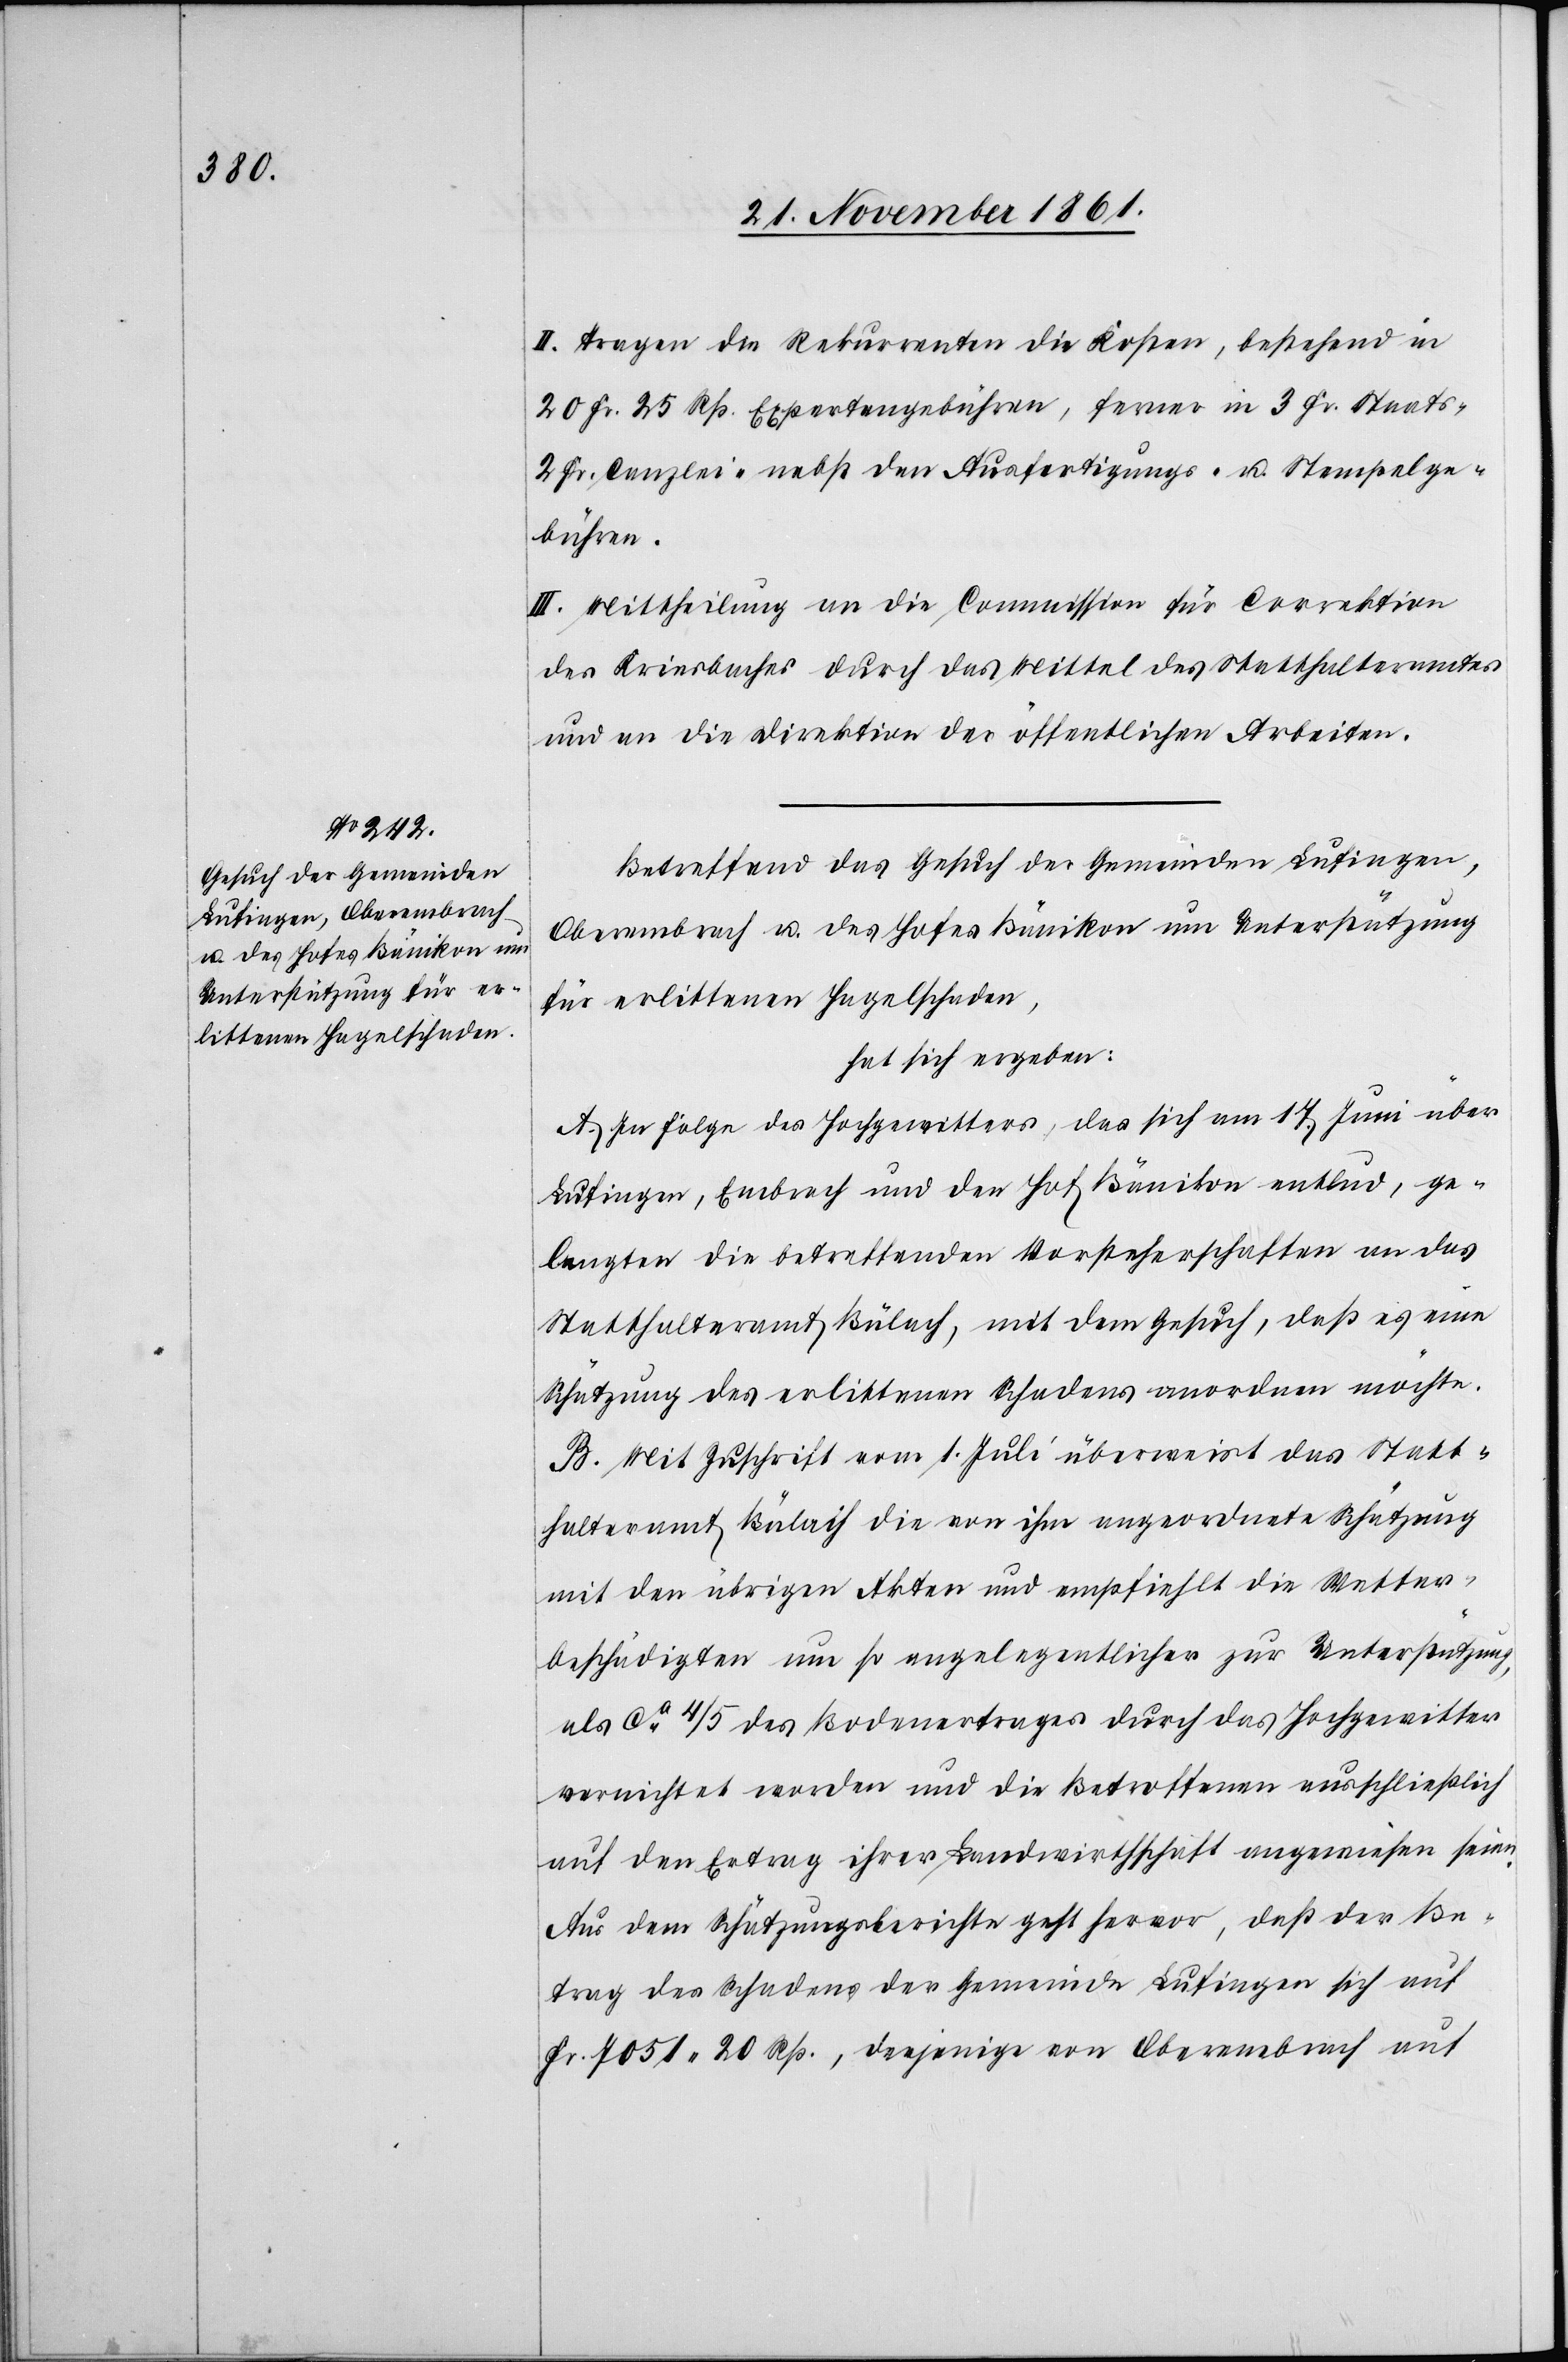
II. Tragen die Rekurrenten die Kosten, bestehend in
20 Fr. 25 Rp. Expertengebühren, ferner in 3 Fr. Staats-[,]
2 Fr. Canzlei-[,] nebst den Ausfertigungs- u. Stempelge¬
bühren.
III. Mittheilung an die Commission für Correktion
des Kriesbaches durch das Mittel des Statthalteramtes
und an die Direktion der öffentlichen Arbeiten.
Betreffend das Gesuch der Gemeinden Lusingen,
Oberembrach u. des Hofes Bänikon um Unterstützung
für erlittenen Hagelschaden,
hat sich ergeben:
A. In Folge des Hochgewitters, das sich am 17 Juni über
Lufingen Embrach und den Hof Bänikon entlud, ge¬
langten die betreffenden Vorsteherschaften an das
Statthalteramt Bülach, mit dem Gesuch, daß es eine
Schätzung des erlittenen Schadens anordnen möchte.
B. Mit Zuschrift vom 1 Juli überweist das Statt¬
halteramt Bülach die von ihm angeordnete Schätzung
mit den übrigen Akten und empfiehlt die Wetter¬
beschädigten um so angelegentlicher zur Unterstützung,
als ca 4/5 des Bodenertrages durch das Hochgewitter
vernichtet worden und die Betroffenen ausschließlich
auf den Ertrag ihrer Landwirthschaft angewiesen seien.
Aus dem Schätzungsberichte geht hervor, daß der Be¬
trag des Schadens der Gemeinde Lufingen sich auf
Fr. 7051. 20 Rp., derjenige von Oberembrach auf